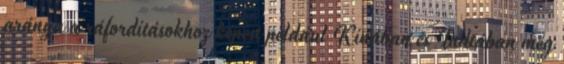
aránya a ráfordításokhoz képest például Kínában és Indiában még